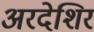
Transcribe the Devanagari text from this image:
अरदेशिर